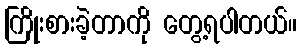
ကြိုးစားခဲ့တာကို တွေ့ရပါတယ်။